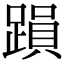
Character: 䠝